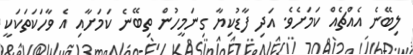
ލިބޭނެ އެއްްޗެއް ކަމަށެވެ. އަދި ފާޑުކިޔާ ގިނަމީހުން ތިބޭނެ ކަމަށާއި އެ ވާހަކަތަކަކީ